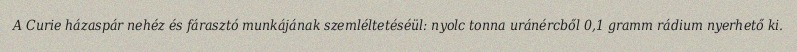
A Curie házaspár nehéz és fárasztó munkájának szemléltetéséül: nyolc tonna uránércből 0,1 gramm rádium nyerhető ki.